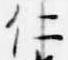
仁